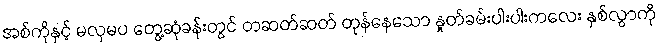
အစ်ကိုနှင့် မလှမပ တွေ့ဆုံခန်းတွင် တဆတ်ဆတ် တုန်နေသော နှုတ်ခမ်းပါးပါးကလေး နှစ်လွှာကို